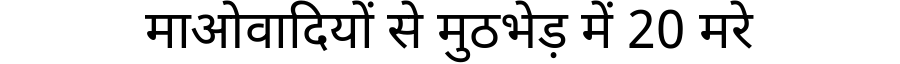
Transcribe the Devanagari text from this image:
माओवादियों से मुठभेड़ में 20 मरे